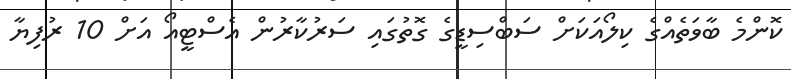
ކޮންމެ ބާވަތެއްގެ ކިލޯއަކަށް ސަބްސިޑީގެ ގޮތުގައި ސަރުކާރުން އެސްޓީއޯ އަށް 10 ރުފިޔާ